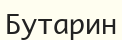
Бутарин